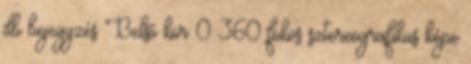
db bejegyzés Belső kör 0 360 fokos sztereografikus képe